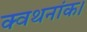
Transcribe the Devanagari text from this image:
क्वथनांक।